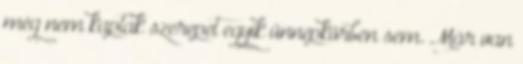
még nem kaptak szerepet egyik ünnepkörben sem. Már van